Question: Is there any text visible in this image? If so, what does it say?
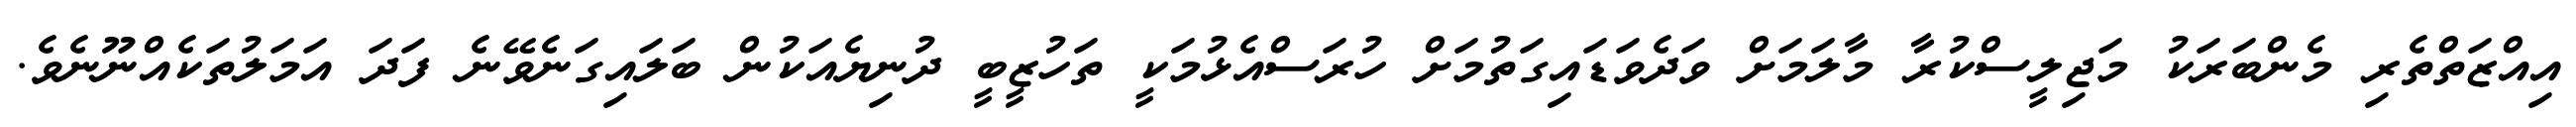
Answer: އިއްޒަތްތެރި މެންބަރަކު މަޖިލީސްކުރާ މާލަމަށް ވަދެވަޑައިގަތުމަށް ހުރަސްއެޅުމަކީ ތަހުޒީބީ ދުނިޔެއަކުން ބަލައިގަނެވޭނެ ފަދަ އަމަލުތަކެއްނޫނެވެ.